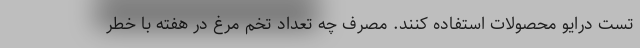
تست درایو محصولات استفاده کنند. مصرف چه تعداد تخم مرغ در هفته با خطر